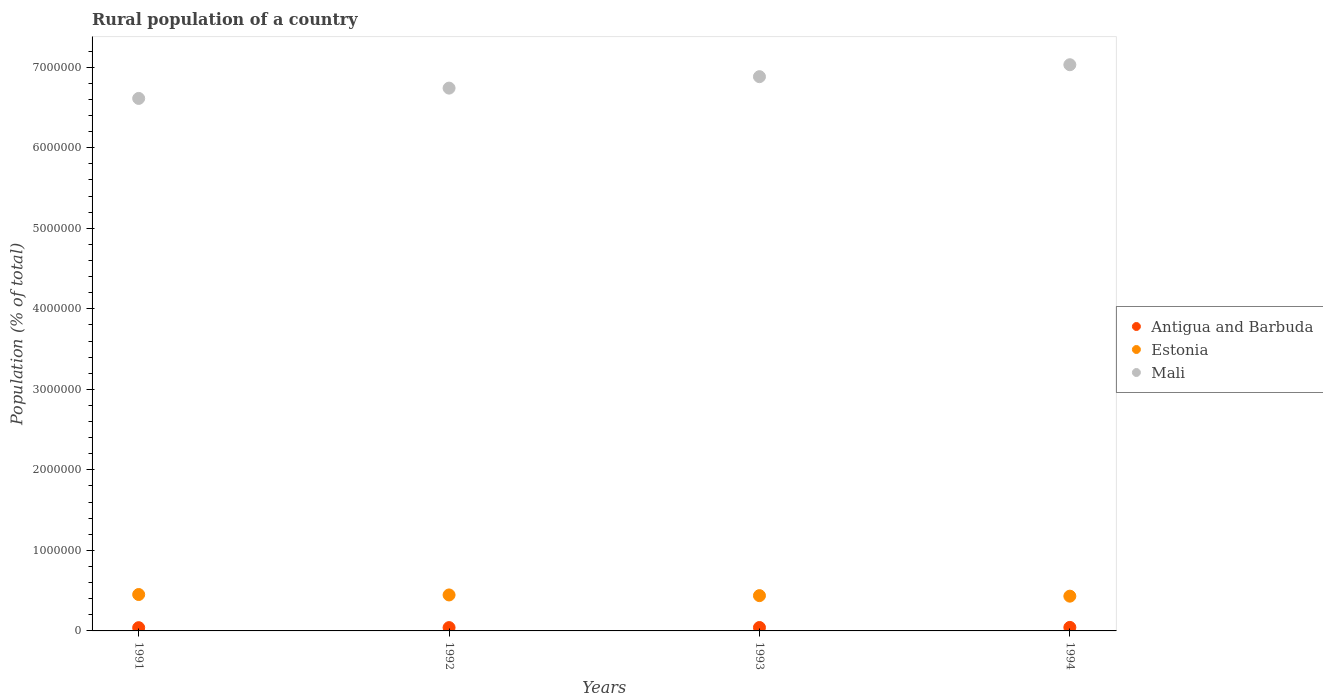
| Years | Antigua and Barbuda | Estonia | Mali |
 | --- | --- | --- | --- |
 | 1991 | 4.03e+04 | 4.52e+05 | 6.61e+06 |
 | 1992 | 4.12e+04 | 4.47e+05 | 6.74e+06 |
 | 1993 | 4.24e+04 | 4.38e+05 | 6.88e+06 |
 | 1994 | 4.37e+04 | 4.32e+05 | 7.03e+06 |